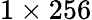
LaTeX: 1\times 256